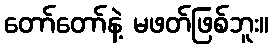
တော်တော်နဲ့ မဖတ်ဖြစ်ဘူး။